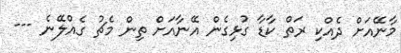
މާނޭއަށް ދެއްކި ރަތް ކާޑާ ގުޅިގެން އޭނާއަށް ތިން މެޗު ގެއްލޭނެ ---